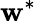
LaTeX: {\mathbf w}^{*}